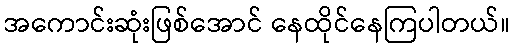
အကောင်းဆုံးဖြစ်အောင် နေထိုင်နေကြပါတယ်။